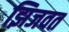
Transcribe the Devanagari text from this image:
झिजवत